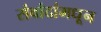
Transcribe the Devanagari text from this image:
संवांदांमधून